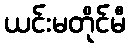
ယင်းမတိုင်မီ